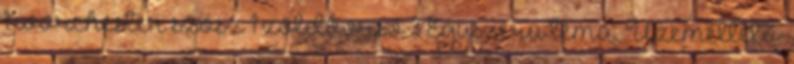
1 worchester szósz 1 zöldborsó 3 Egyszerű téma. Üzemeltető: